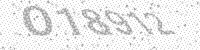
Solution: 018912